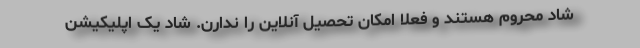
شاد محروم هستند و فعلا امکان تحصیل آنلاین را ندارن. شاد یک اپلیکیشن